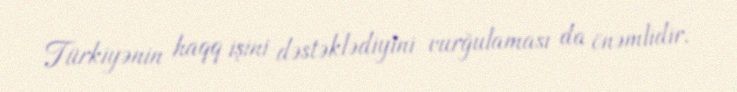
Türkiyənin haqq işini dəstəklədiyini vurğulaması da önəmlidir.